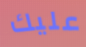
عليك